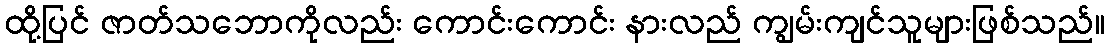
ထို့ပြင် ဇာတ်သဘောကိုလည်း ကောင်းကောင်း နားလည် ကျွမ်းကျင်သူများဖြစ်သည်။